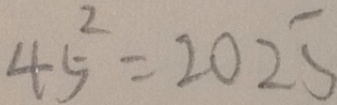
4 5 ^ { 2 } = 2 0 2 5